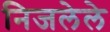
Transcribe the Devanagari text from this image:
निजलेले